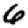
Digit: 6